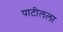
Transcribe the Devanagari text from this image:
पाटीलला